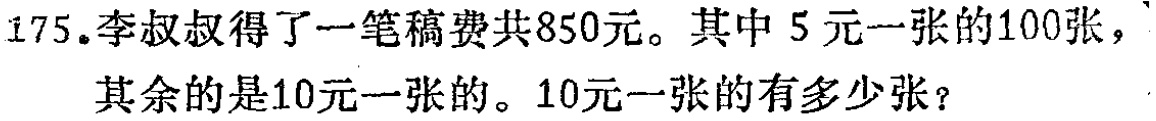
175.李叔叔得了一笔稿费共850元。其中5元一张的100张，其余的是10元一张的。10元一张的有多少张？